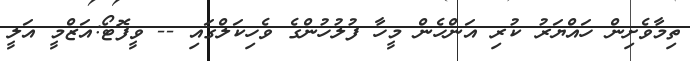
ތިމާވެށިން ހައްޔަރު ކުރި އަންހެން މީހާ ފުލުހުންގެ ވެހިކަލްގައި -- ވީފޮޓޯ:އަޒްމީ އަލީ